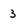
Character: 3